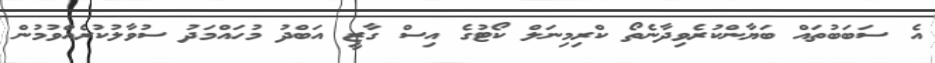
އެ ސަބަބުތައް ބަޔާންކުރެވިދާނެތޯ ކްރިމިނަލް ކޯޓުގެ އިސް ގާޒީ އަބްދު މުހައްމަދު ސުވާލުކުރެއްވުމުން